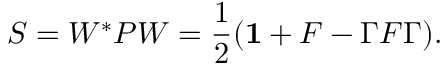
S = W ^ { * } P W = \frac { 1 } { 2 } ( { \bf 1 } + F - \Gamma F \Gamma ) .